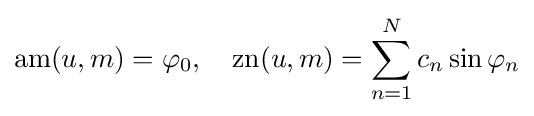
\operatorname {am} (u,m)=\varphi _{0},\quad \operatorname {zn} (u,m)=\sum _{n=1}^{N}c_{n}\sin \varphi _{n}